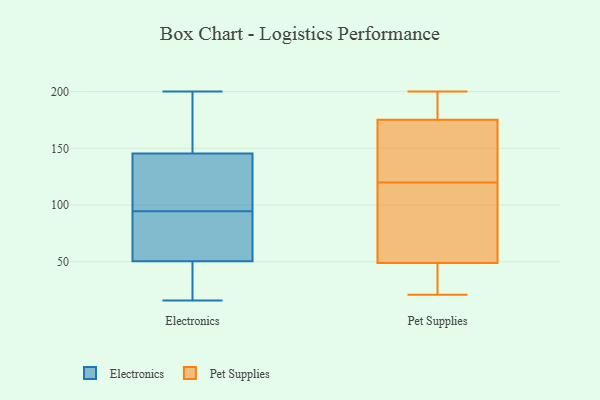
{"axis": {"x": "Energy Usage (MWh)", "y": "Value"}, "legend": ["Electronics", "Pet Supplies"], "data": [{"x": "", "y": 200, "type": "Electronics"}, {"x": "", "y": 195, "type": "Electronics"}, {"x": "", "y": 80, "type": "Electronics"}, {"x": "", "y": 181, "type": "Electronics"}, {"x": "", "y": 80, "type": "Electronics"}, {"x": "", "y": 110, "type": "Electronics"}, {"x": "", "y": 101, "type": "Electronics"}, {"x": "", "y": 57, "type": "Electronics"}, {"x": "", "y": 127, "type": "Electronics"}, {"x": "", "y": 188, "type": "Electronics"}, {"x": "", "y": 16, "type": "Electronics"}, {"x": "", "y": 29, "type": "Electronics"}, {"x": "", "y": 155, "type": "Electronics"}, {"x": "", "y": 38, "type": "Electronics"}, {"x": "", "y": 74, "type": "Electronics"}, {"x": "", "y": 88, "type": "Electronics"}, {"x": "", "y": 126, "type": "Electronics"}, {"x": "", "y": 44, "type": "Electronics"}, {"x": "", "y": 38, "type": "Electronics"}, {"x": "", "y": 136, "type": "Electronics"}, {"x": "", "y": 200, "type": "Pet Supplies"}, {"x": "", "y": 136, "type": "Pet Supplies"}, {"x": "", "y": 172, "type": "Pet Supplies"}, {"x": "", "y": 72, "type": "Pet Supplies"}, {"x": "", "y": 101, "type": "Pet Supplies"}, {"x": "", "y": 40, "type": "Pet Supplies"}, {"x": "", "y": 52, "type": "Pet Supplies"}, {"x": "", "y": 194, "type": "Pet Supplies"}, {"x": "", "y": 185, "type": "Pet Supplies"}, {"x": "", "y": 21, "type": "Pet Supplies"}, {"x": "", "y": 150, "type": "Pet Supplies"}, {"x": "", "y": 120, "type": "Pet Supplies"}, {"x": "", "y": 21, "type": "Pet Supplies"}]}